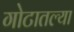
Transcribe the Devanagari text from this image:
गोटातल्या